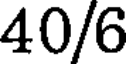
40/6